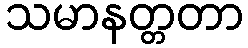
သမာနတ္တတာ